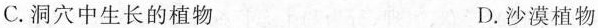
C.洞穴中生长的植物 D沙漠植物